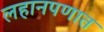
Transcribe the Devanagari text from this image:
लहानपणात